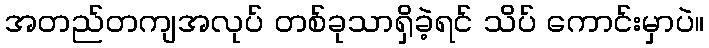
အတည်တကျအလုပ် တစ်ခုသာရှိခဲ့ရင် သိပ် ကောင်းမှာပဲ။